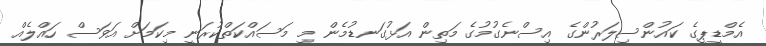
އެމްޑީޕީގެ ކައުންސިލަރުންގެ އިސްނެގުމުގެ މަތިން އަޅުގަނޑުމެން މި މަސައްކަތްކުރަނީ މިކަމަށް އަވަސް ހައްލެއް